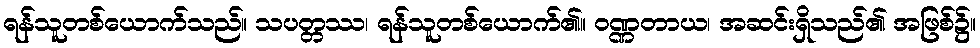
ရန်သူတစ်ယောက်သည်။ သပတ္တဿ၊ ရန်သူတစ်ယောက်၏။ ဝဏ္ဏတာယ၊ အဆင်းရှိသည်၏ အဖြစ်၌။